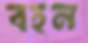
বহন